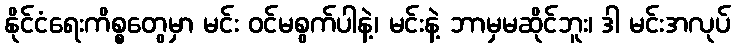
နိုင်ငံရေးကိစ္စတွေမှာ မင်း ဝင်မစွက်ပါနဲ့၊ မင်းနဲ့ ဘာမှမဆိုင်ဘူး၊ ဒါ မင်းအလုပ်